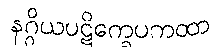
နဂ္ဂိယပဋိက္ခေပကထာ